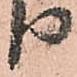
り